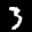
Label: 3